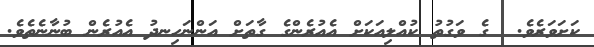
ކަށަވަރެވެ.  ގެ ވަގުތު ކުއްލިއަކަށް އެއުރެންގެ ގާތަށް އަންނަހިނދު އެއުރެން ބުނާނެތެވެ.